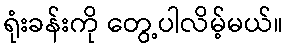
ရုံးခန်းကို တွေ့ပါလိမ့်မယ်။